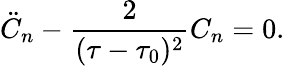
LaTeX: \ddot{C}_{n}-\frac{2}{(\tau-\tau_{0})^{2}}C_{n}=0.